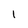
Character: 1